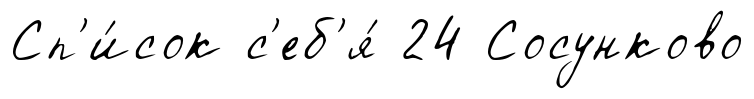
Сп'и́сок с'еб'я́ 24 Сосунково